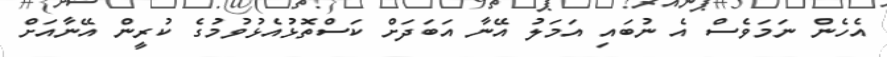
އެހެން ނަމަވެސް އެ ނުބައި އަމަލު އޭނާ އަބަދަށް ކަސްތޮޅުއެޅުވުމުގެ ކުރީން އޭނާއަށް